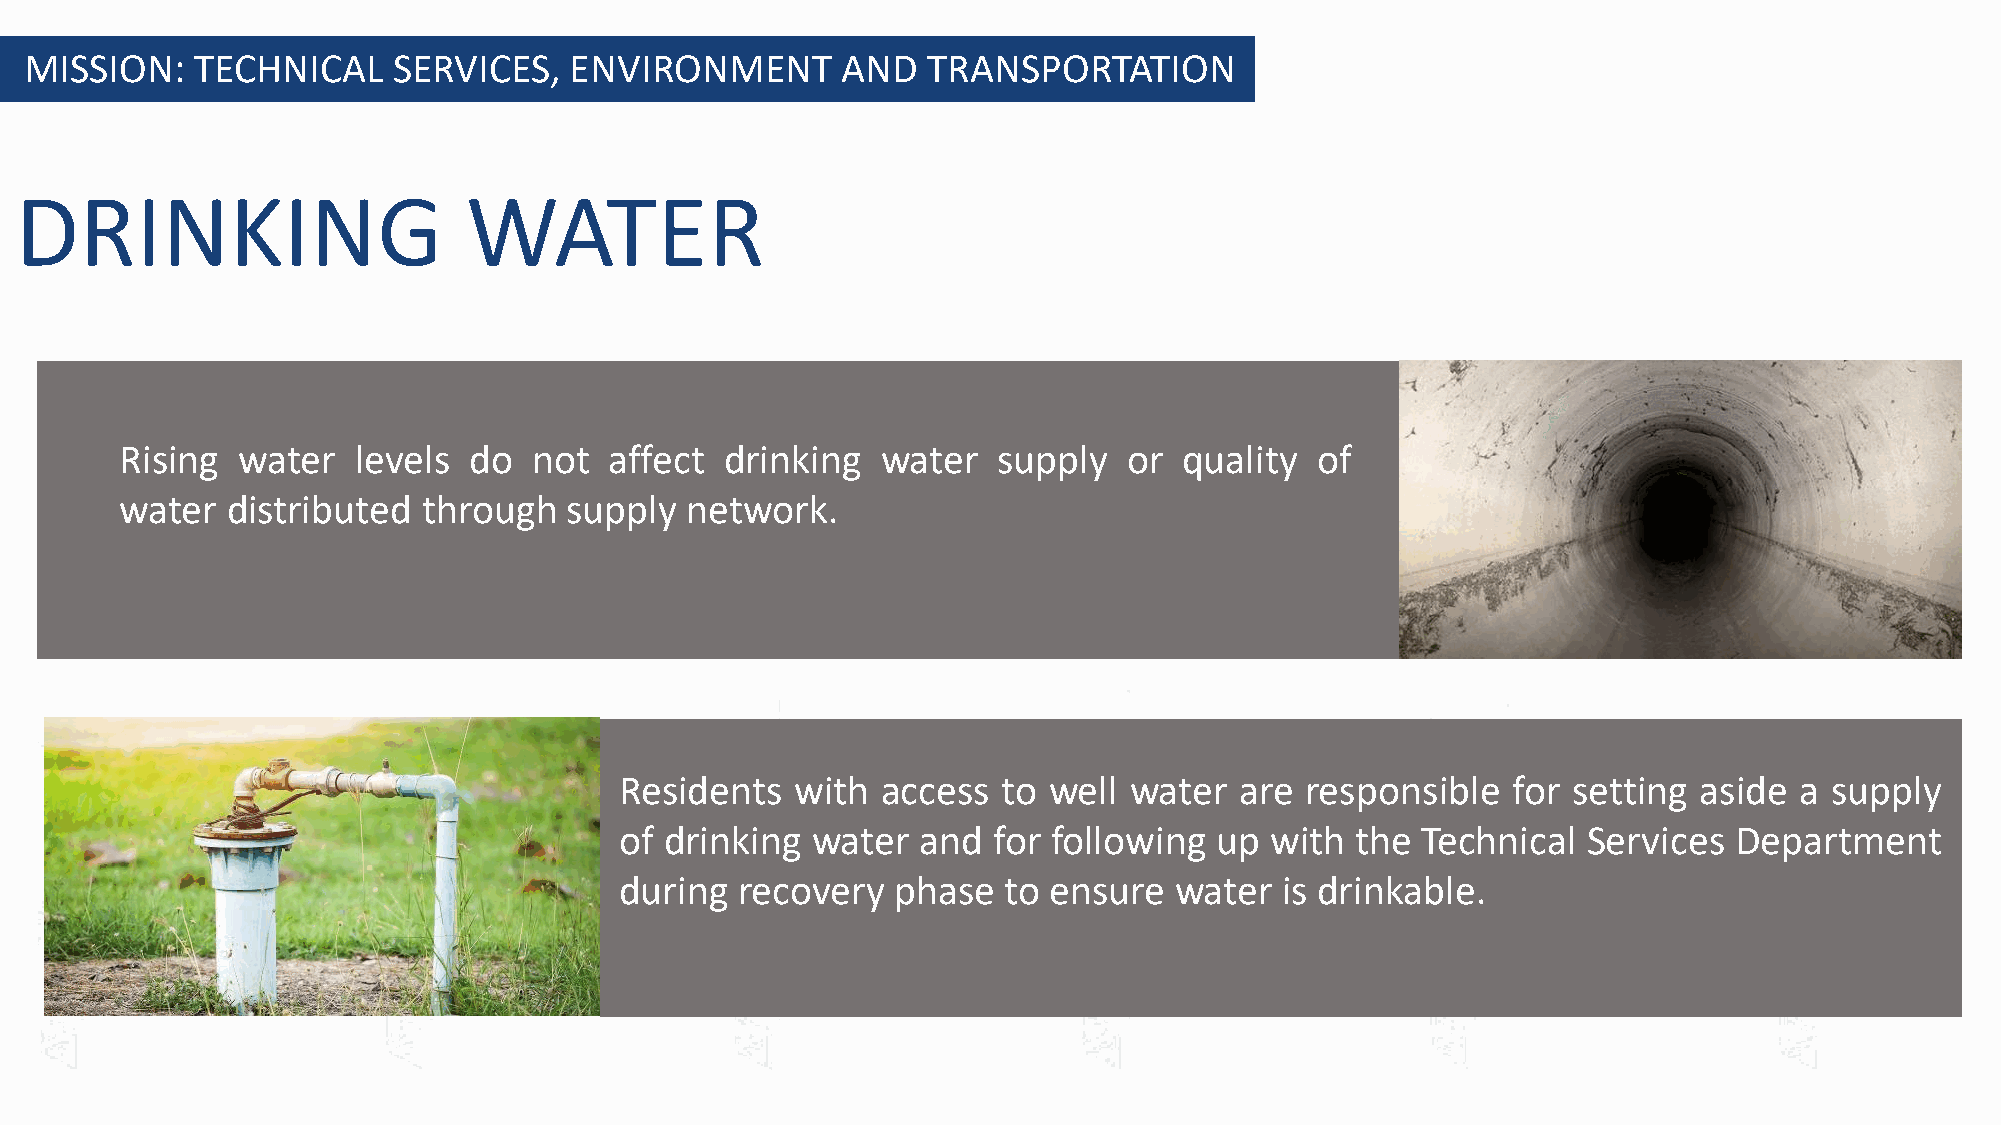
MISSION:   TECHNICAL    SERVICES,   ENVIRONMENT       AND  TRANSPORTATION
 DRINKING                      WATER
 Rising  water  levels  do  not  affect  drinking  water   supply   or quality  of
 water  distributed  through  supply  network.
 Residents   with access  to well  water  are responsible   for setting aside  a supply
 of drinking  water  and  for following up  with  the Technical  Services  Department
 during  recovery  phase  to ensure   water  is drinkable.